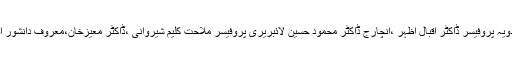
تقریب میں رئیس کلیہ نظمیات وانصرام پروفیسر ڈاکٹر خالدعراقی ،رئیس کلیہ علم الادویہ پروفیسر ڈاکٹر اقبال اظہر ،انچارج ڈاکٹر محمود حسین لائبریری پروفیسر ملاحت کلیم شیروانی ،ڈاکٹر معیزخان،معروف دانشور اور ادیب رونق حیات ،فراصت رضوی اور دیگر اساتذہ کی بڑی تعداد نے شرکت کی۔